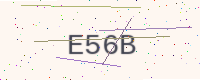
Text: E56B